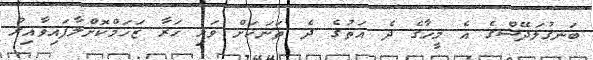
ބަނގުލަދޭޝްގެ އެ މީހާގެ ދެ އަތުގެ ދެ ތަނަކަށް ވަޅި ހަރާ ޒަހަމްކޮށްލާފައިވާއިރު